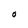
Character: O